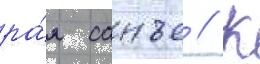
ра́я санъе // К